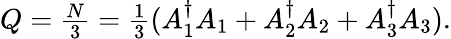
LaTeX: \begin{array}{r}{Q=\frac{N}{3}=\frac{1}{3}(A_{1}^{\dagger}A_{1}+A_{2}^{\dagger}A_{2}+A_{3}^{\dagger}A_{3}).}\end{array}